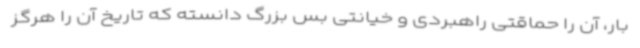
بار، آن را حماقتی راهبردی و خیانتی بس بزرگ دانسته که تاریخ آن را هرگز